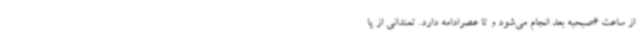
از ساعت 6صبحبه بعد انجام می‌شود و تا عصرادامه دارد. تمندانی از پا